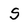
Character: S